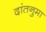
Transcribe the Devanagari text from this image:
दांतनुमा